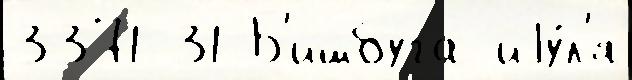
3371 31 Б'ишбуга иjу́л'я